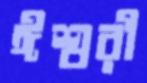
ঈশ্বরী